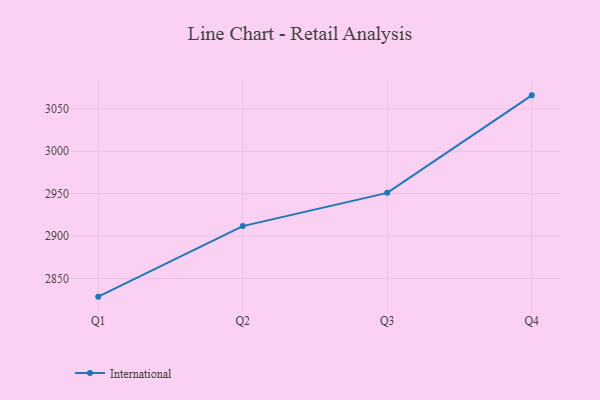
{"axis": {"x": "Quarter", "y": "Customer Acquisition Cost (USD)"}, "legend": ["International"], "data": [{"x": "Q1", "y": 2828.4, "type": "International"}, {"x": "Q2", "y": 2911.7, "type": "International"}, {"x": "Q3", "y": 2950.9, "type": "International"}, {"x": "Q4", "y": 3066.0, "type": "International"}]}